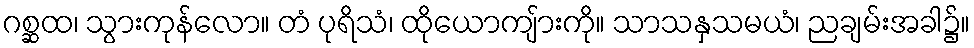
ဂစ္ဆထ၊ သွားကုန်လော။ တံ ပုရိသံ၊ ထိုယောကျ်ားကို။ သာသနှသမယံ၊ ညချမ်းအခါ၌။